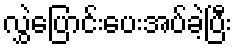
လွှဲပြောင်းပေးအပ်ခဲ့ပြီး